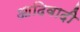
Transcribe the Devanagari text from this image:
आदिवादी